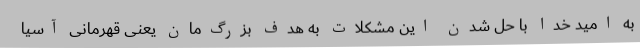
به امید خدا با حل شدن این مشکلات به هدف بزرگ‌مان یعنی قهرمانی آسیا